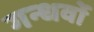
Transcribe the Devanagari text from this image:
गन्धर्वो